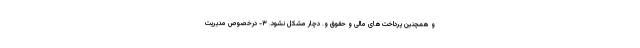
و همچنین پرداخت‌های مالی و حقوق و. دچار مشکل نشود. ۳- درخصوص مدیریت